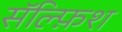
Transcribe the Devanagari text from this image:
सॅल्फ़िश